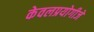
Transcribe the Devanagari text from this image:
केवलप्रयोगीजे